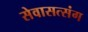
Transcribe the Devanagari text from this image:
सेवासत्संग